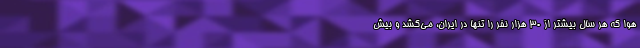
هوا که هر سال بیشتر از ۳۰ هزار نفر را تنها در ایران، می‌کشد و بیش